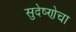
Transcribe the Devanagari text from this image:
सुदेष्णेचा